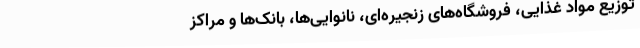
توزیع مواد غذایی، فروشگاه‌های زنجیره‌ای، نانوایی‌ها، بانک‌ها و مراکز